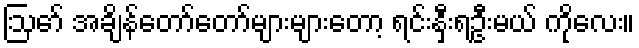
ဩော် အချိန်တော်တော်များများတော့ ရင်းနှီးရဦးမယ် ကိုလေး။